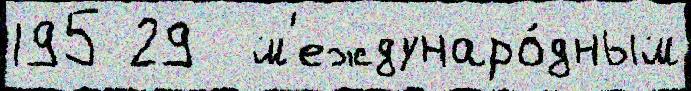
195 29  м'еждунаро́дным